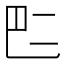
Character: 𠄧